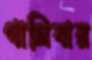
গালিবার